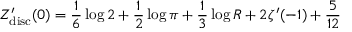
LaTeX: Z _ { \mathrm { d i s c } } ^ { \prime } ( 0 ) = { \frac { 1 } { 6 } } \log 2 + { \frac { 1 } { 2 } } \log \pi + { \frac { 1 } { 3 } } \log R + 2 \zeta ^ { \prime } ( - 1 ) + { \frac { 5 } { 1 2 } }